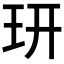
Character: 𤣿